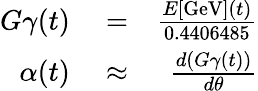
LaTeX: \begin{array}{rlr}{G\gamma(t)}&{{}=}&{\frac{E[\mathrm{GeV}](t)}{0.4406485}}\\ {\alpha(t)}&{{}\approx}&{\frac{d(G\gamma(t))}{d\theta}}\end{array}